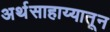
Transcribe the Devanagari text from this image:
अर्थसाहाय्यातून